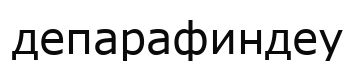
депарафиндеу